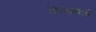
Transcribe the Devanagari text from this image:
लिखवाईं